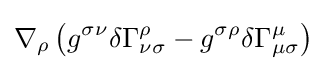
\nabla _{\rho }\left(g^{\sigma \nu }\delta \Gamma _{\nu \sigma }^{\rho }-g^{\sigma \rho }\delta \Gamma _{\mu \sigma }^{\mu }\right)